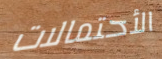
الأحتمالات